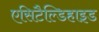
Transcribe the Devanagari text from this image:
एसिटैल्डिहाइड